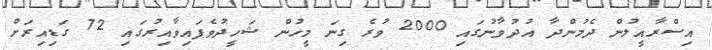
އިސްރާއީލުން ދެމުންދާ އުދުވާނުގައި 2000 ވުރެ ގިނަ މީހުން ޝަހީދުވެފައިވާއިރުގައި 72 ގަޑިއިރަށް